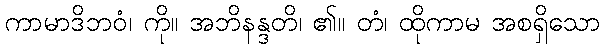
ကာမာဒိဘဝံ၊ ကို။ အဘိနန္ဒတိ၊ ၏။ တံ၊ ထိုကာမ အစရှိသော